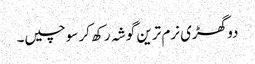
دو گھڑی نرم ترین گوشہ رکھ کر سوچیں۔